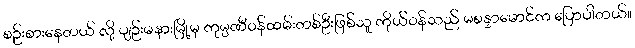
စဉ်းစားနေတယ် လို့ ပျဉ်းမနားမြို့မှ ကုမ္ပဏီဝန်ထမ်းတစ်ဦးဖြစ်သူ ကိုယ်ဝန်သည် မစန္ဒာမောင်က ပြောပါတယ်။